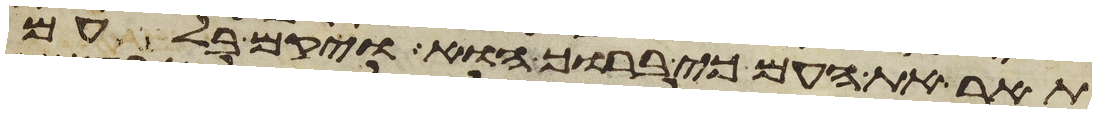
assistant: תאר את העם כי ברוך הוא ויקם בלעם